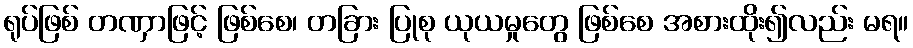
ရုပ်ဖြစ် တဏှာဖြင့် ဖြစ်စေ၊ တခြား ပြုစု ယုယမှုတွေ ဖြစ်စေ အစားထိုး၍လည်း မရ။